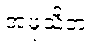
အဖုသိတံ